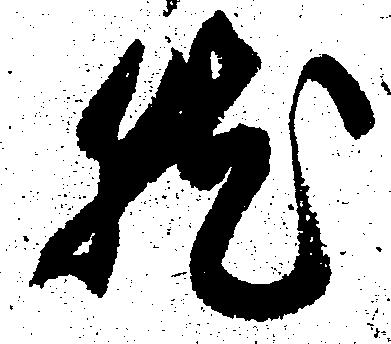
就